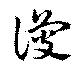
讂